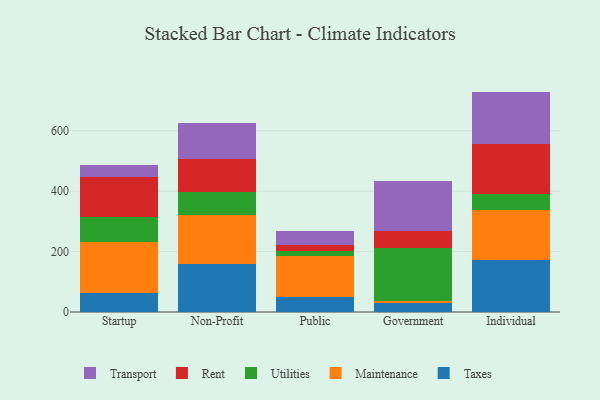
{"axis": {"x": "Segment", "y": "Churn Rate (%)"}, "legend": ["Maintenance", "Rent", "Taxes", "Transport", "Utilities"], "data": [{"x": "Startup", "y": 63.1, "type": "Taxes"}, {"x": "Startup", "y": 170.1, "type": "Maintenance"}, {"x": "Startup", "y": 81.9, "type": "Utilities"}, {"x": "Startup", "y": 130.4, "type": "Rent"}, {"x": "Startup", "y": 40.9, "type": "Transport"}, {"x": "Non-Profit", "y": 159.3, "type": "Taxes"}, {"x": "Non-Profit", "y": 160.8, "type": "Maintenance"}, {"x": "Non-Profit", "y": 77.0, "type": "Utilities"}, {"x": "Non-Profit", "y": 108.6, "type": "Rent"}, {"x": "Non-Profit", "y": 120.4, "type": "Transport"}, {"x": "Public", "y": 51.0, "type": "Taxes"}, {"x": "Public", "y": 134.8, "type": "Maintenance"}, {"x": "Public", "y": 16.9, "type": "Utilities"}, {"x": "Public", "y": 20.3, "type": "Rent"}, {"x": "Public", "y": 46.6, "type": "Transport"}, {"x": "Government", "y": 31.1, "type": "Taxes"}, {"x": "Government", "y": 5.9, "type": "Maintenance"}, {"x": "Government", "y": 173.9, "type": "Utilities"}, {"x": "Government", "y": 56.0, "type": "Rent"}, {"x": "Government", "y": 168.4, "type": "Transport"}, {"x": "Individual", "y": 170.9, "type": "Taxes"}, {"x": "Individual", "y": 165.2, "type": "Maintenance"}, {"x": "Individual", "y": 54.7, "type": "Utilities"}, {"x": "Individual", "y": 165.5, "type": "Rent"}, {"x": "Individual", "y": 173.4, "type": "Transport"}]}